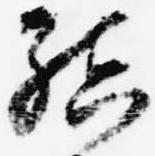
結